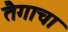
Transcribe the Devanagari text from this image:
तैगाचा